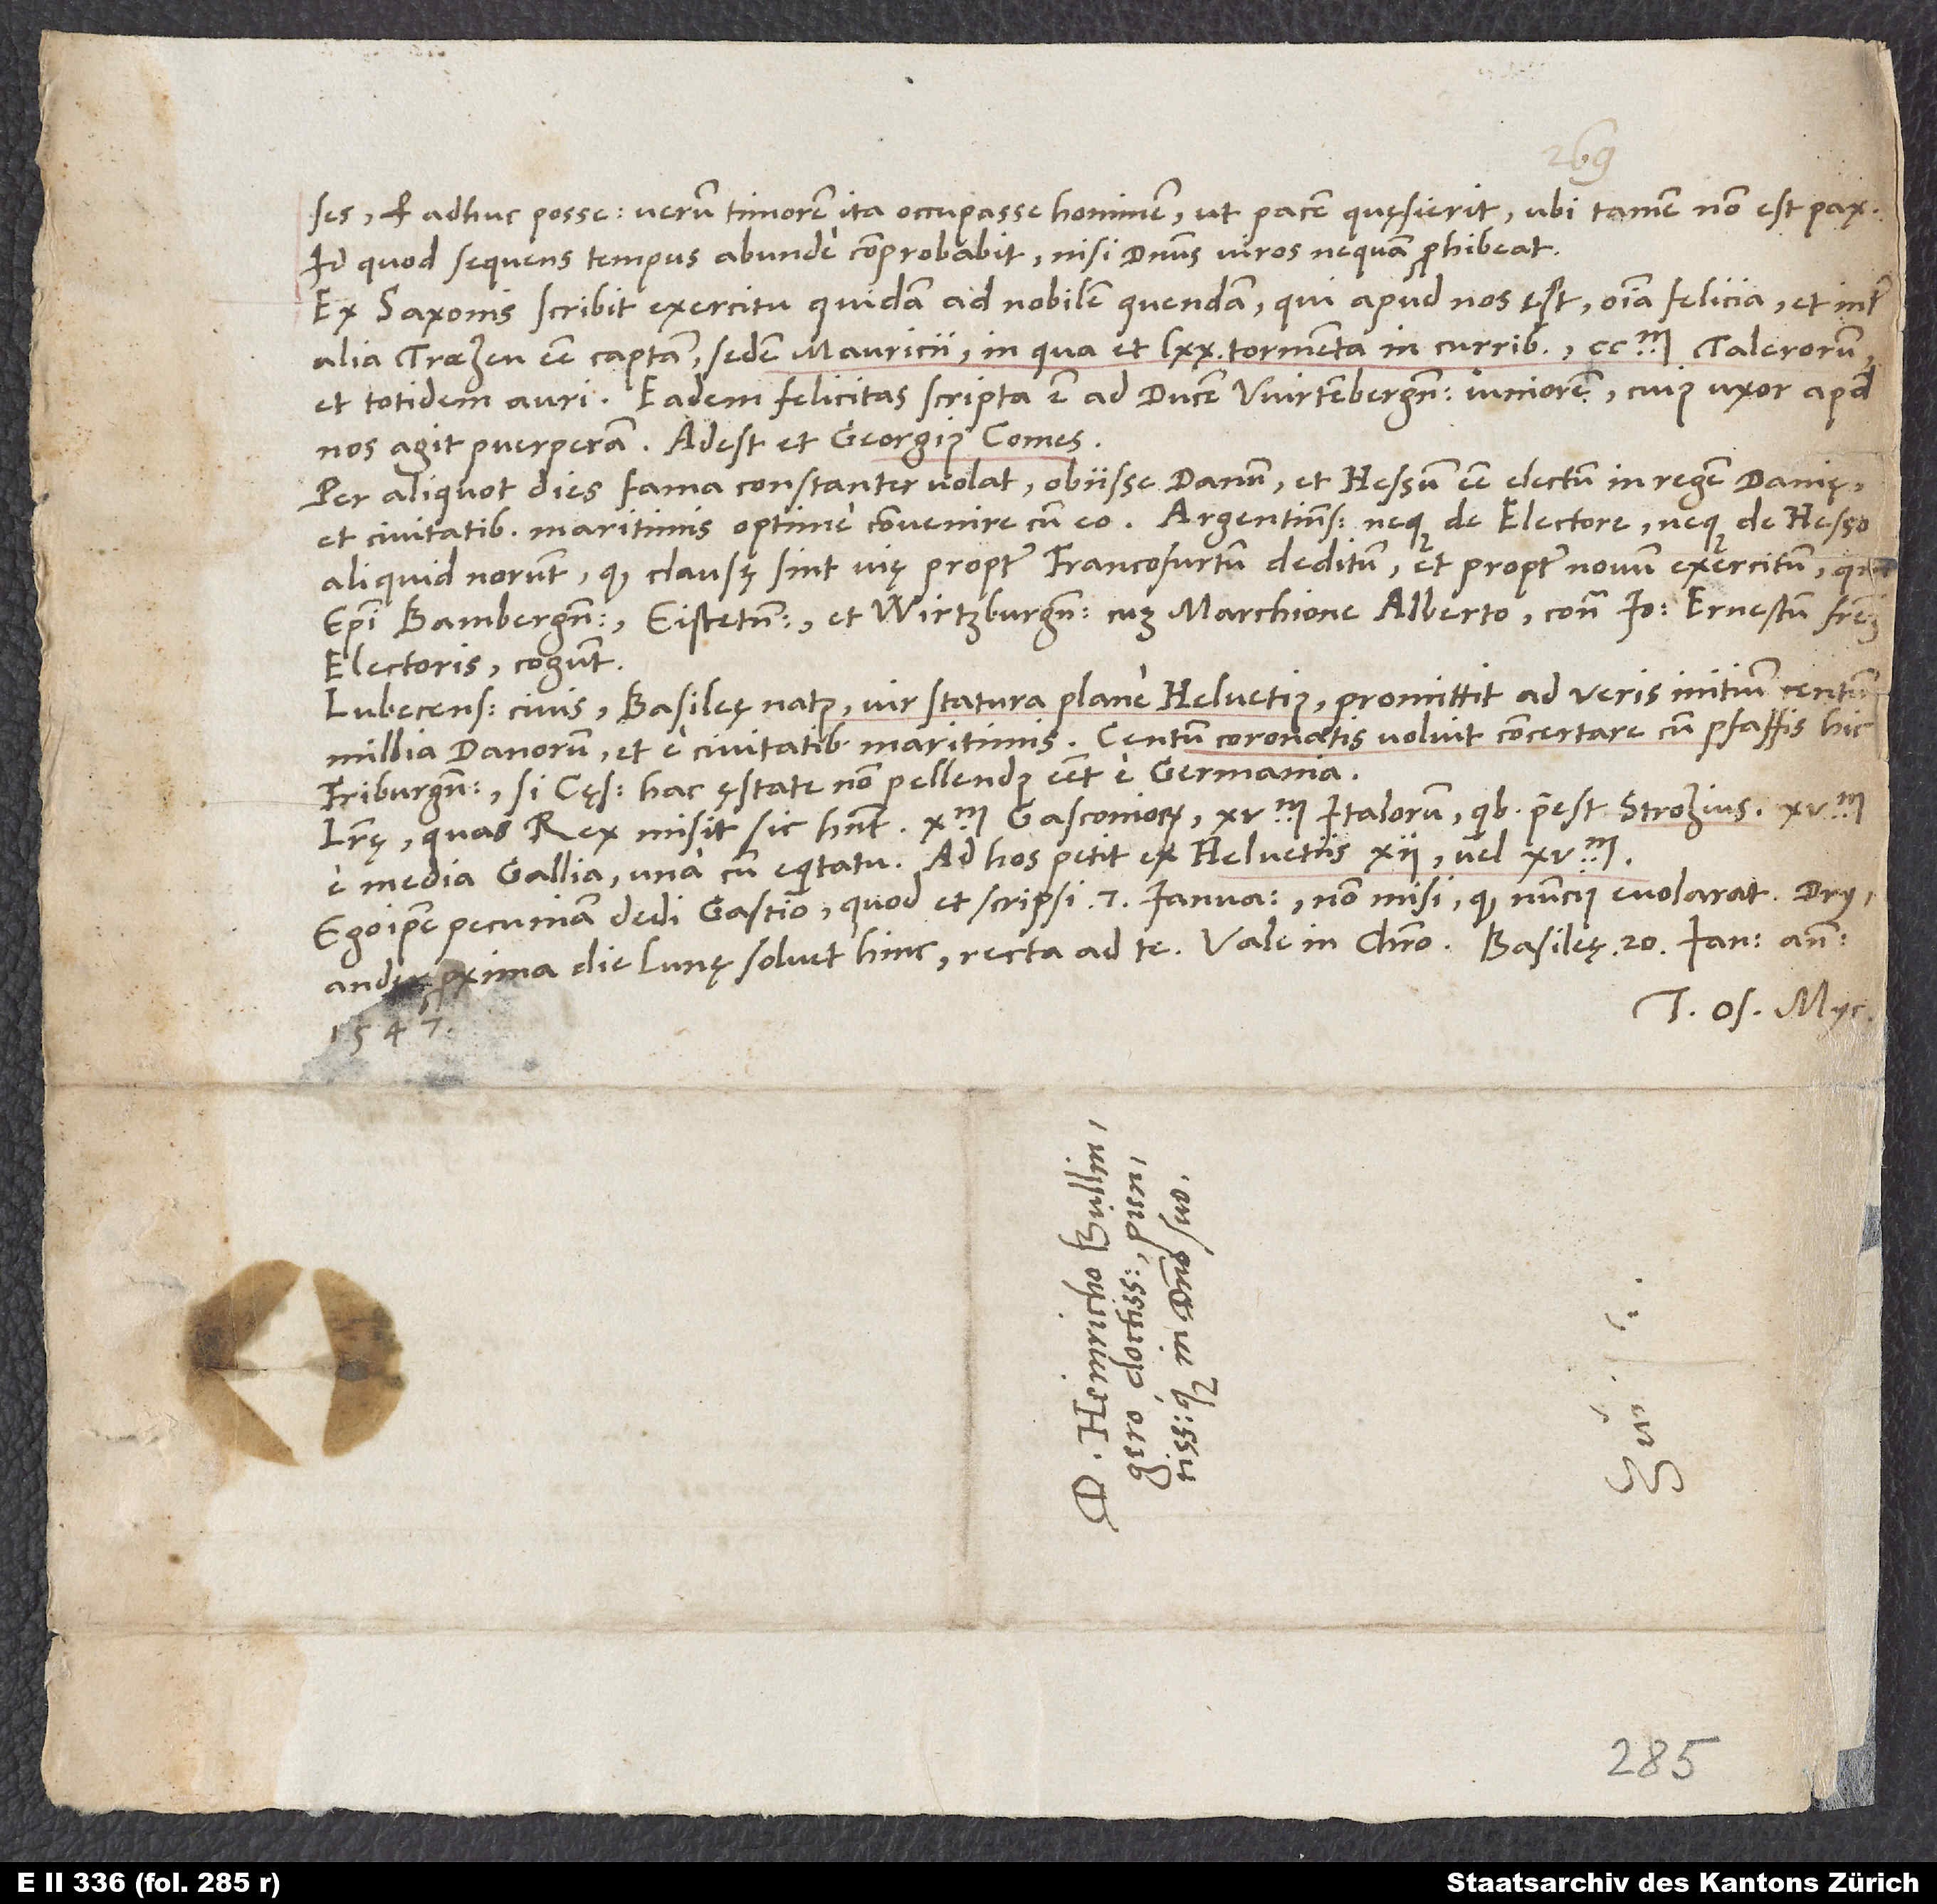
et adhuc posse, verum timorem ita occupasse hominem, ut pacem quęsierit, ubi tamen non est pax;
id quod sequens tempus abunde comprobabit, nisi dominus viros nequam prohibeat.
Ex Saxonis scribit exercitu quidam ad nobilem quendam, qui apud nos est, omnia felicia et inter
alia Traezen esse captam, sedem Mauricii, in qua et 70 tormenta in curribus, 200’000 talerorum
et totidem auri. Eadem felicitas scripta est ad ducem Wirtembergensem iuniorem, cuius uxor apud
nos agit puerperam. Adest et Georgius comes.
Per aliquot dies fama constanter volat obiisse Danum, et Hessum esse electum in regem Danię,
et civitatibus maritimis optime convenire cum eo. Argentinenses neque de electore neque de Hesso
aliquid norunt, quod clausę sint vię propter Francofurtum deditum et propter novum exercitum, quem
episcopi Bambergensis, Eistetensis et Wirtzburgensis cum marchione Alberto contra Ioannem Ernestum, fratrem
electoris, cogunt.
Lubecensis civis Basileę natus, vir statura plane Helvetius, promittit ad veris initium centum
millia Danorum et e civitatibus maritimis. Centum coronatis voluit concertare cum pfaffis hic
Friburgensibus, si cęsar hac ęstate non pellendus esset e Germania.
Literę, quas rex misit, sic habent: 10’000 Gasconiorum, 15’000 Italorum, quibus praeest Strozius,
e media Gallia una cum equitatu. Ad hos petit ex Helvetiis 12’000 vel 15’000.
Ego ipse pecuniam dedi Gastio, quod et scripsi 7. ianuarii (non misi, quod nuncius evolarat).
proxima die Lunę solvit hinc recta ad te. Vale in Christo. Basileę, 20. ianuarii anno
Tuus Os. Myc.
1547.
S.